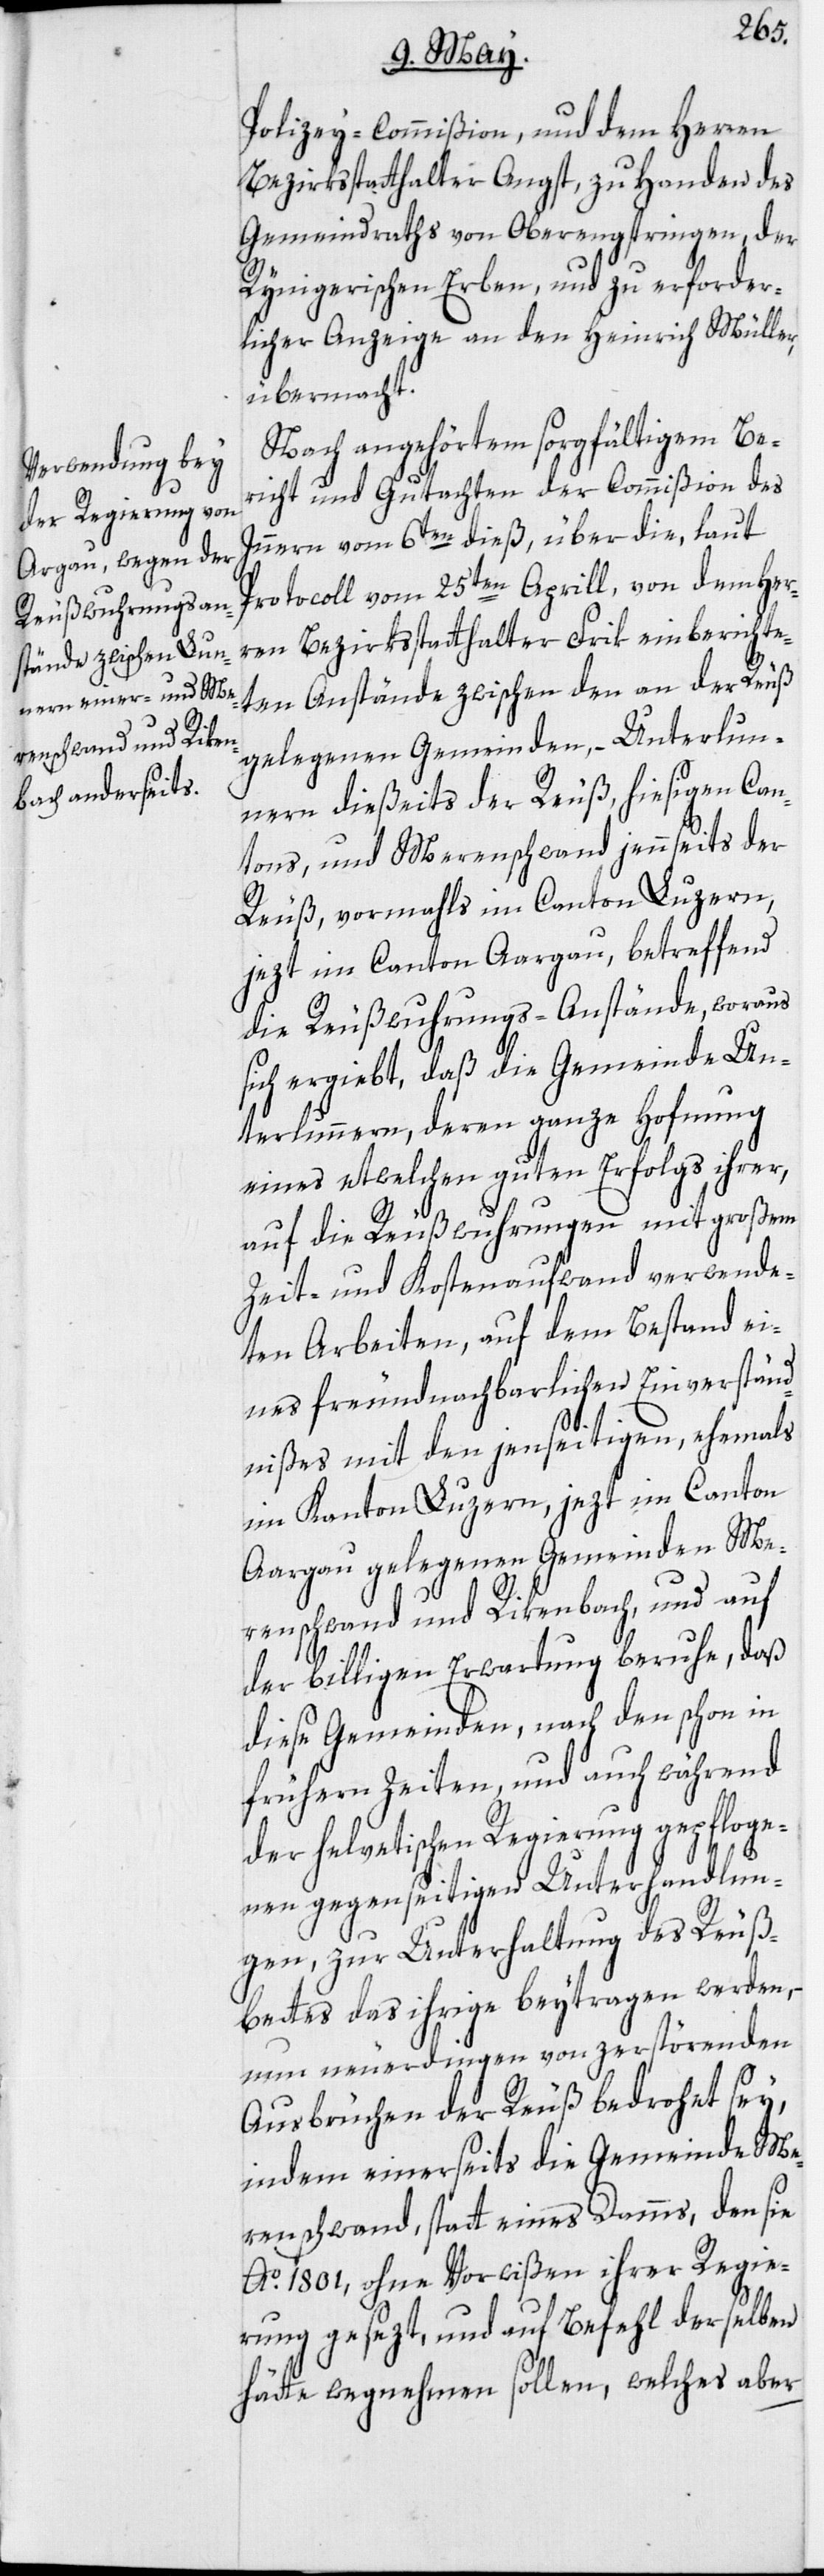
Polizey-Commißion, und dem Herren
Bezirksstatthalter Angst, zu Handen des
Gemeindraths von Oberengstringen, der
Rynigerischen Erben, und zu erforder¬
licher Anzeige an den Heinrich Müller
übermacht.
Nach angehörtem sorgfältigem Be¬
richt und Gutachten der Commißion des
Innern vom 6ten dieß, über die, laut
Protocoll vom 25ten Aprill, von dem Her¬
ren Bezirksstatthalter Frik einberichte¬
ten Anstände zwischen den an der Reuß
gelegenen Gemeinden, – Unterlun¬
nern dießeits der Reuß, hiesigen Can¬
tons, und Merenschwand jennseits der
Reuß, vormahls im Canton Luzern,
jezt im Canton Aargau, betreffend
die Reußwuhrungs-Anstände, woraus
sich ergiebt, daß die Gemeinde Un¬
terlunnern, deren ganze Hofnung
eines etwelchen guten Erfolgs ihrer,
auf die Reußwuhrungen mit großem
Zeit- und Kostenaufwand verwende¬
ten Arbeiten, auf dem Bestand ei¬
nes freundnachbarlichen Einverständ¬
nißes mit den jenseitigen, ehemals
im Kanton Luzern, jezt im Canton
Aargau gelegenen Gemeinden Me¬
renschwand und Rikenbach, und auf
der billigen Erwartung beruhe, daß
diese Gemeinden, nach den schon in
frühern Zeiten, und auch während
der helvetischen Regierung gepfloge¬
nen gegenseitigen Unterhandlun¬
gen, zur Unterhaltung des Reuß¬
bettes das ihrige beytragen werden,
nun neuerdingen von zerstörenden
Ausbrüchen der Reuß bedrohet sey,
indem einerseits die Gemeinde Me¬
renschwand, statt eines Damms, den sie
Ao. 1801, ohne Vorwißen ihrer Regie¬
rung gesezt, und auf Befehl derselben
hätte wegnehmen sollen, welches aber